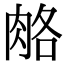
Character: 𦛃